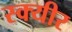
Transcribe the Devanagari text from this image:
स्क्यीर